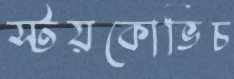
স্টয়কোভিচ